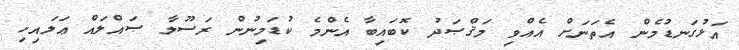
އަޅުގަނޑުމެން އެތަނަަށް އެއްވި މަޤްޞަދު ކޮބައިބާ އެންމެ ކުޑަމިނުން ރަސޫލާ ޞައްލައް ޢަލައިހި